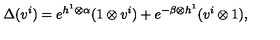
\Delta ( v ^ { i } ) = e ^ { h ^ { 1 } \otimes \alpha } ( 1 \otimes v ^ { i } ) + e ^ { - \beta \otimes h ^ { 1 } } ( v ^ { i } \otimes 1 ) ,